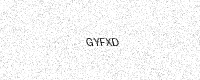
Text: GYFXD